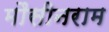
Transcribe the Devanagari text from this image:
मौसीनराम